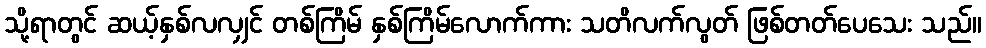
သို့ရာတွင် ဆယ့်နှစ်လလျှင် တစ်ကြိမ် နှစ်ကြိမ်လောက်ကား သတိလက်လွတ် ဖြစ်တတ်ပေသေး သည်။